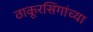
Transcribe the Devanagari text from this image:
ठाकूरसिंगांच्या